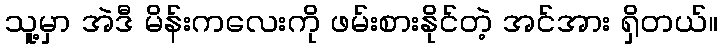
သူ့မှာ အဲဒီ မိန်းကလေးကို ဖမ်းစားနိုင်တဲ့ အင်အား ရှိတယ်။